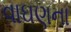
વાઘણના